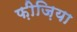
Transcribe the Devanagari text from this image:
फ़ीज़िया